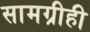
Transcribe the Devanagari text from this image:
सामग्रीही